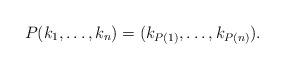
LaTeX: \begin{align*}P(k_1,\dots,k_n) = (k_{P(1)},\dots,k_{P(n)}).\end{align*}